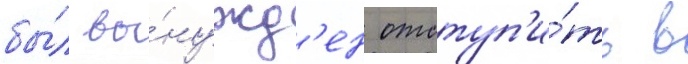
бы́л вы́нужд'ен отступ'и́ть в